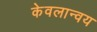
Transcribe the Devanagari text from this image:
केवलान्वय